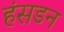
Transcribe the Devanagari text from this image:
हंसडन